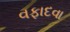
વફાદવા